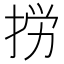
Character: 𢭐